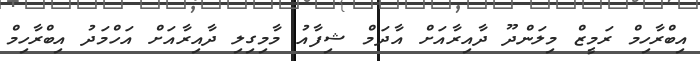
އިބްރާހިމް ރަމީޒް މިލަންދޫ ދާއިރާއަށް އާދަމް ޝިފާއު މާމިގިލި ދާއިރާއަށް އަހްމަދު އިބްރާހިމް